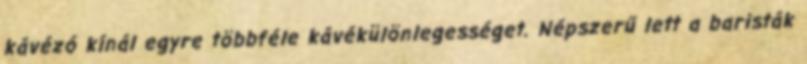
kávézó kínál egyre többféle kávékülönlegességet. Népszerű lett a baristák